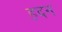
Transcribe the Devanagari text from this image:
हदन